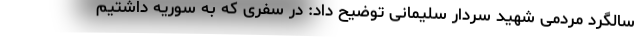
سالگرد مردمی شهید سردار سلیمانی توضیح داد: در سفری که به سوریه داشتیم